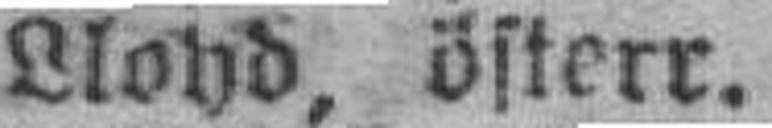
Lloyd, österr.